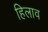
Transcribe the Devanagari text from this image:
हिलाव